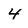
Character: 4